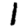
Digit: 1